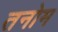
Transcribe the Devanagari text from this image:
तनोम